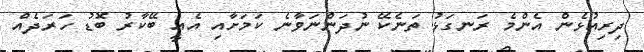
ދިރިއުޅެން އެންމެ ރަނގަޅު ތަނެކޭ ނުދަންނަވާނެ ކަމަށާއި އެއީ ބޭކާރު ބޮޑު ހަރަދެއް